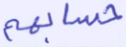
حسابهم